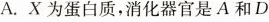
A.X为蛋白质，消化器官是A和D